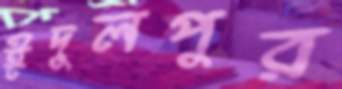
ঈদুলপুর